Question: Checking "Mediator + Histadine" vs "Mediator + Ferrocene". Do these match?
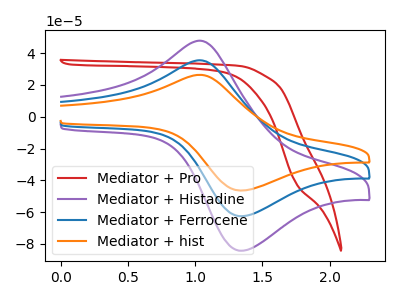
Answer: <think>The red curve "Mediator + Pro" has no peaks. The purple curve "Mediator + Histadine" has an anodic peak at (1.05V, 47.80uA) and a cathodic peak at (1.35V, -84.25uA). The blue curve "Mediator + Ferrocene" has an anodic peak at (1.05V, 35.45uA) and a cathodic peak at (1.35V, -62.50uA). The orange curve "Mediator + hist" has an anodic peak at (1.05V, 70.95uA) and a cathodic peak at (1.35V, -125.05uA).
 All the peaks in "Mediator + Histadine" have a peak in "Mediator + Ferrocene" at the same potential. Every peak in "Mediator + Histadine" is higher than every peak in "Mediator + Ferrocene".</think>
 <answer>"Mediator + Histadine" and "Mediator + Ferrocene" are similar in shape.</answer>
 <eval>same_shape</eval>